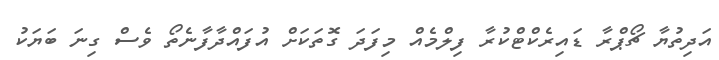
އަދިތުޔާ ޗޯޕްރާ ޑައިރެކްޓްކުރާ ފިލްމެއް މިފަދަ ގޮތަކަށް އުފައްދާފާނެތޯ ވެސް ގިނަ ބަޔަކު